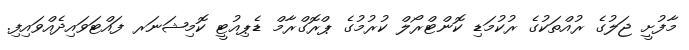
މާފުށީ ޖަލުގެ ރުއްތަކުގެ ރުކުމަޑި ކޮންޓްރޯލް ކުރުމުގެ ޕްރޮގްރާމް ޑެޕިއުޓީ ކޮމިޝަނަރ ފައްޓަވައިދެއްވައިފި.